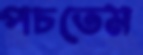
পচতেম